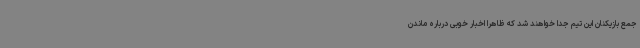
جمع بازیکنان این تیم جدا خواهند شد که ظاهرا اخبار خوبی درباره ماندن